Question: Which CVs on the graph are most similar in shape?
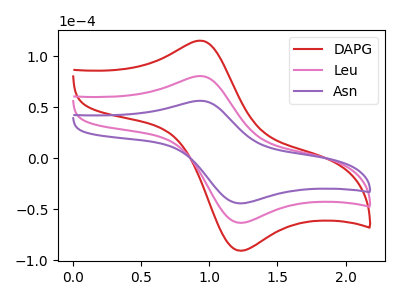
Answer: <think>The red curve "DAPG" has an anodic peak at (0.95V, 161.00uA) and a cathodic peak at (1.25V, -126.70uA). The pink curve "Leu" has an anodic peak at (0.95V, 80.50uA) and a cathodic peak at (1.25V, -63.35uA). The purple curve "Asn" has an anodic peak at (0.95V, 56.25uA) and a cathodic peak at (1.25V, -44.25uA).
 All the peaks in "DAPG" have a peak in "Leu" at the same potential. Every peak in "DAPG" is higher than every peak in "Leu". All the peaks in "DAPG" have a peak in "Asn" at the same potential. Every peak in "DAPG" is higher than every peak in "Asn". All the peaks in "Leu" have a peak in "Asn" at the same potential. Every peak in "Leu" is higher than every peak in "Asn".</think>
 <answer>"Asn", "DAPG" and "Leu" have the same shape and are likely CV's of the same chemical.</answer>
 <eval>"Asn" "DAPG" "Leu"</eval>